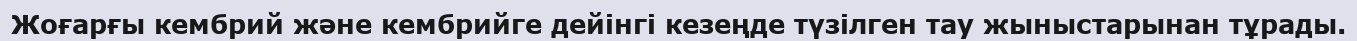
Жоғарғы кембрий және кембрийге дейінгі кезеңде түзілген тау жыныстарынан тұрады.